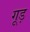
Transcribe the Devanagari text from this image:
गूड़